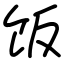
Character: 饭